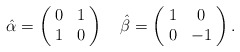
\begin{align*}\hat{\alpha} = \left(\!\begin{array}{cc}0 & 1 \\1 & 0\end{array}\!\right) \quad\hat{\beta} = \left(\!\begin{array}{cc}1 & 0 \\0 & -1\end{array}\!\right).\end{align*}